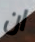
ان